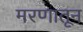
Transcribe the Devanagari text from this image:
मरणातून